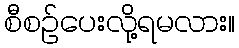
စီစဉ်ပေးလို့ရမလား။